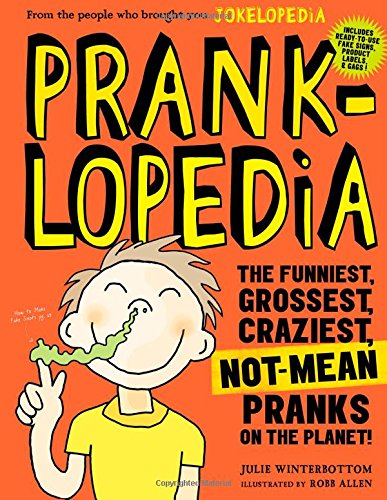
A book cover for Pranklopedia: The Funniest, Grossest, Craziest, Not-Mean Pranks on the Planet!; Julie Winterbottom; Children's Books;